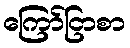
ကြော်ငြာစာ